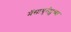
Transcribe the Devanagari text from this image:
मॅसाचुसेट्सच्या